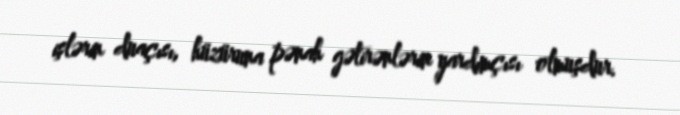
işlərin duaçısı, hüzüruna pənah gətirənlərin yardımçısı olmuşdur.